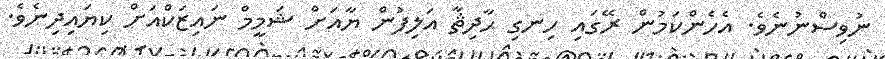
ނުވިސްނުނެވެ. އެހެންކަމުން ރޭގައި ހިނގި ޙާދިޘާ އަލިފުން ޔާއަށް ޝަމީމް ނައިޒަކްއަށް ކިޔައިދިނެވެ.